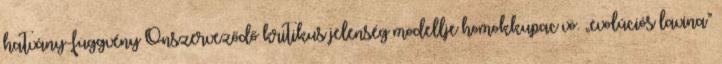
hatvány-függvény Önszerveződő kritikus jelenség modellje homokkupac vö. „evolúciós lavina”